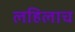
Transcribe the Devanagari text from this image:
लहिलाच